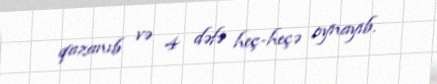
qazanıb və 4 dəfə heç-heçə oynayıb.